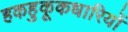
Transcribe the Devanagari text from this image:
हकहुकूकधारियों